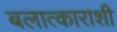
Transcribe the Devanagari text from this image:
बलात्काराशी